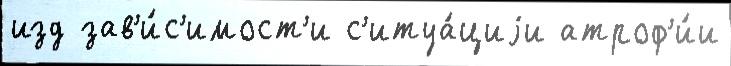
изд зав'и́с'имост'и с'итуа́циjи атроф'и́и